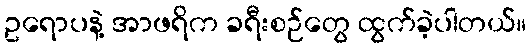
ဥရောပနဲ့ အာဖရိက ခရီးစဉ်တွေ ထွက်ခဲ့ပါတယ်။